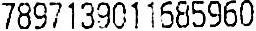
7897139011685960